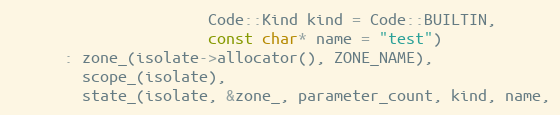
Language: C
                      Code::Kind kind = Code::BUILTIN,
                      const char* name = "test")
      : zone_(isolate->allocator(), ZONE_NAME),
        scope_(isolate),
        state_(isolate, &zone_, parameter_count, kind, name,